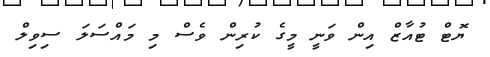
ޔޮޓް ޓުއާޒް އިން ވަނީ މީގެ ކުރިން ވެސް މި މައްސަލަ ސިވިލް